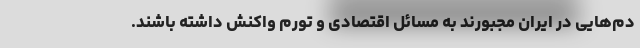
دم‌هایی در ایران مجبورند به مسائل اقتصادی و تورم واکنش داشته باشند.